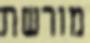
מורשת